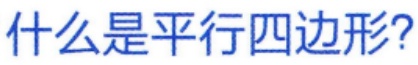
什么是平行四边形?